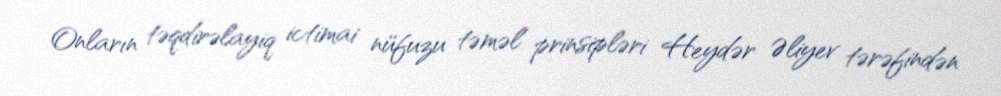
Onların təqdirəlayiq ictimai nüfuzu təməl prinsipləri Heydər Əliyev tərəfindən